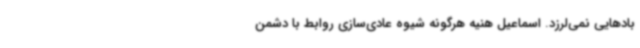
بادهایی نمی‌لرزد. اسماعیل هنیه هرگونه شیوه عادی‌سازی روابط با دشمن